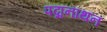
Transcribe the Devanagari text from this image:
पद्मनाथन